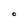
Character: O